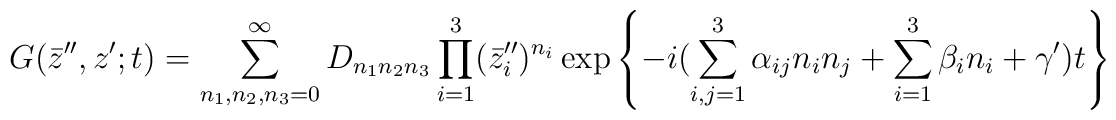
G(\bar z^{\prime\prime},z^\prime;t)=\sum_{n_1,n_2,n_3=0}^{\infty}D_{n_1n_2 n_3}\prod_{i=1}^3(\bar z^{\prime\prime}_i)^{n_i}\exp\left\{-i(\sum_{i,j=1}^3\alpha_{ij}n_in_j+\sum_{i=1}^3\beta_in_i+\gamma^\prime)t\right\}